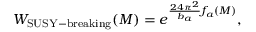
W _ { \mathrm { S U S Y - b r e a k i n g } } ( M ) = e ^ { { \frac { 2 4 \pi ^ { 2 } } { b _ { a } } } f _ { a } ( M ) } ,